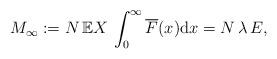
LaTeX: \begin{align*}M_\infty:=N\,{\mathbb E}X\, \int_0^\infty \overline F(x){\rm d}x = N\, \lambda\, E,\end{align*}